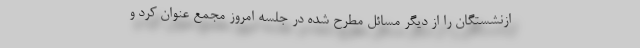
ازنشستگان را از دیگر مسائل مطرح شده در جلسه امروز مجمع عنوان کرد و